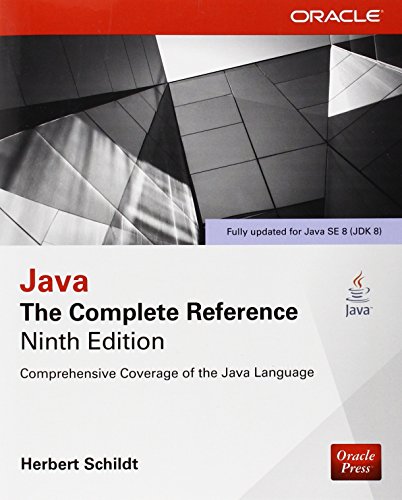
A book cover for Java: The Complete Reference, Ninth Edition; Herbert Schildt; Computers & Technology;